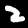
Label: 2